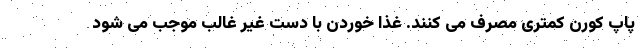
پاپ کورن کمتری مصرف می کنند. غذا خوردن با دست غیر غالب موجب می شود